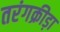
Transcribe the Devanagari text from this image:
तरंगक्रीड़ा